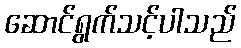
ဆောင်ရွက်သင့်ပါသည်